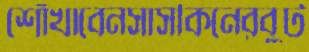
শোঁখাবেনসাসকিনেরবুট